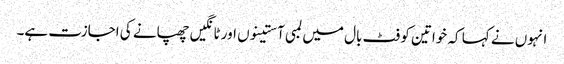
انہوں نے کہا کہ خواتین کو فٹ بال میں لمبی آستینوں اور ٹانگیں چھپانے کی اجازت ہے۔